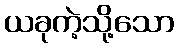
ယခုကဲ့သို့သော